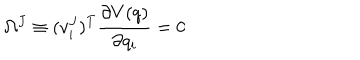
\Omega ^ { J } \equiv ( v _ { i } ^ { J } ) ^ { T } \frac { \partial V ( q ) } { \partial q _ { i } } = 0